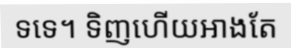
ទទេ។ ទិញហើយអាងតែ